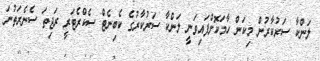
ލަންކާ ސަރުކާރުން މިކަން ހާމަކޮށްފައިވަނީ ލަންކާ ސަރުކާރުގެ ކެބިނެޓް ސެކްރެޓަރީ ރަޖިތަ ސެނެރަތުނަ